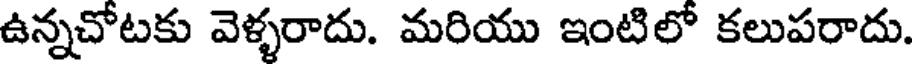
ఉన్నచోటకు వెళ్ళరాదు. మరియు ఇంటిలో కలుపరాదు.